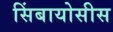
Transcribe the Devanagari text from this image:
सिंबायोसीस